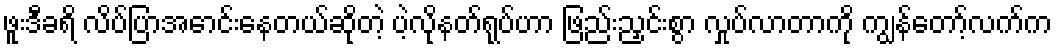
ဖူးဒီခရိ လိပ်ပြာအောင်းနေတယ်ဆိုတဲ့ ပဲ့လိုနတ်ရုပ်ဟာ ဖြည်းညှင်းစွာ လှုပ်လာတာကို ကျွန်တော့်လက်က